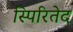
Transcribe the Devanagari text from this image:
स्पिरितेद